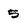
Character: 5